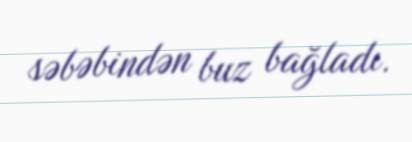
səbəbindən buz bağladı.